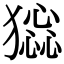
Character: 𤡧